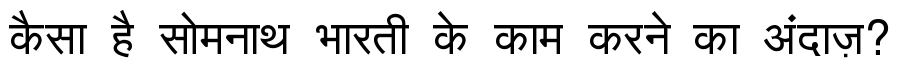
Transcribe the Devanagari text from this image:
कैसा है सोमनाथ भारती के काम करने का अंदाज़?